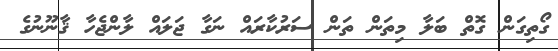
ގޯތިގަން ގޮތް ބަލާ މިތަން ތަން ސަރުކާރައް ނަގާ ޖަލައް ލާންޖެހާ ޤާނޫނުގެ